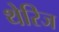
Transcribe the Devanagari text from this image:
थेरिज